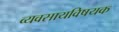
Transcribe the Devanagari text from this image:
व्यवसायविषयक